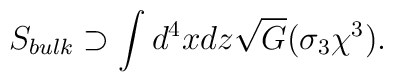
S_{bulk} \supset \int d^4 x dz \sqrt{G} (\sigma_3 \chi^3).